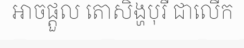
អាចផ្តួល តោសិង្ហបុរី ជាលើក